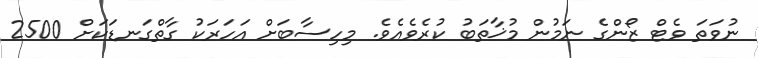
ނުވަތަ ވެޓް ޒޯންގެ ނަމުން މުޚާތަބު ކުރެވެއެވެ. މިހިސާބަށް އަހަރަކު ގާތްގަނޑަކަށް 2500